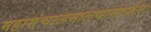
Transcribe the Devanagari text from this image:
महासंचालनालयामार्फत